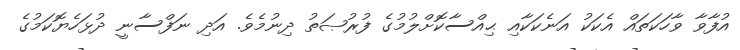
އުފާވާ ވާހަކަތައް އެކަކު އަނެކަކާއި ޙިއްސާކޮށްލުމުގެ ފުރުޞަތު ދިނުމެވެ. އަދި ނަފްސާނީ ދުޅަހެޔޮކަމުގެ